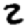
Digit: 2